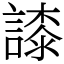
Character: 䜉